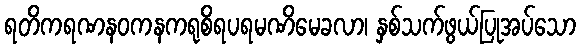
ရတိကရဏနဝကနကရုစိရပရမဏိမေခလာ၊ နှစ်သက်ဖွယ်ပြုအပ်သော